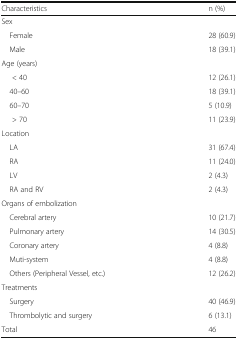
<table><thead><tr><td><b>Characteristics</b></td><td><b>n (%)</b></td></tr></thead><tbody><tr><td colspan="2">Sex</td></tr><tr><td> Female</td><td>28 (60.9)</td></tr><tr><td> Male</td><td>18 (39.1)</td></tr><tr><td colspan="2">Age (years)</td></tr><tr><td>&lt; 40</td><td>12 (26.1)</td></tr><tr><td> 40–60</td><td>18 (39.1)</td></tr><tr><td> 60–70</td><td>5 (10.9)</td></tr><tr><td>&gt; 70</td><td>11 (23.9)</td></tr><tr><td colspan="2">Location</td></tr><tr><td> LA</td><td>31 (67.4)</td></tr><tr><td> RA</td><td>11 (24.0)</td></tr><tr><td> LV</td><td>2 (4.3)</td></tr><tr><td> RA and RV</td><td>2 (4.3)</td></tr><tr><td colspan="2">Organs of embolization</td></tr><tr><td> Cerebral artery</td><td>10 (21.7)</td></tr><tr><td> Pulmonary artery</td><td>14 (30.5)</td></tr><tr><td> Coronary artery</td><td>4 (8.8)</td></tr><tr><td> Muti-system</td><td>4 (8.8)</td></tr><tr><td> Others (Peripheral Vessel, etc.)</td><td>12 (26.2)</td></tr><tr><td colspan="2">Treatments</td></tr><tr><td> Surgery</td><td>40 (46.9)</td></tr><tr><td> Thrombolytic and surgery</td><td>6 (13.1)</td></tr><tr><td>Total</td><td>46</td></tr></tbody></table>